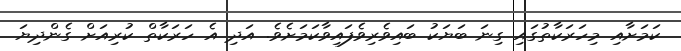
ކަމަށާއި މިހަރަކާތުގައި ގިނަ ބަޔަކު ބައިވެރިވެފައިވާކަމަށެވެ. އަދި އެ ހަރަކާތް ކުރިއަށް ގެންދިޔަ